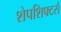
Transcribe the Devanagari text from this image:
शेपशिफ्टर्स